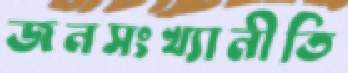
জনসংখ্যানীতি